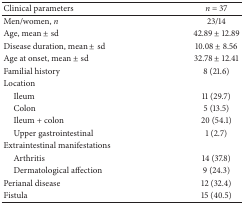
<table><thead><tr><td><b>Clinical parameters</b></td><td><b><i>n</i> = 37</b></td></tr></thead><tbody><tr><td>Men/women, <i>n </i></td><td>23/14</td></tr><tr><td>Age, mean ± sd</td><td>42.89 ± 12.89</td></tr><tr><td>Disease duration, mean ± sd</td><td>10.08 ± 8.56</td></tr><tr><td>Age at onset, mean ± sd</td><td>32.78 ± 12.41</td></tr><tr><td>Familial history</td><td>8 (21.6)</td></tr><tr><td>Location</td><td> </td></tr><tr><td> Ileum</td><td>11 (29.7)</td></tr><tr><td> Colon</td><td>5 (13.5)</td></tr><tr><td> Ileum + colon </td><td>20 (54.1)</td></tr><tr><td> Upper gastrointestinal</td><td>1 (2.7)</td></tr><tr><td>Extraintestinal manifestations</td><td> </td></tr><tr><td> Arthritis</td><td>14 (37.8)</td></tr><tr><td> Dermatological affection</td><td>9 (24.3)</td></tr><tr><td>Perianal disease</td><td>12 (32.4)</td></tr><tr><td>Fistula</td><td>15 (40.5)</td></tr></tbody></table>